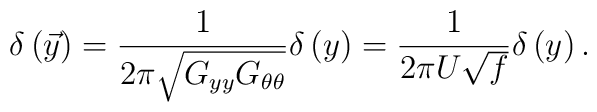
\delta\left(\vec{y}\right) = \frac{1}{2\pi\sqrt{G_{yy}G_{\theta\theta}}}                             \delta\left( y \right)                           = \frac{1}{2\pi U\sqrt{f}}\delta\left( y\right).